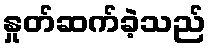
နှုတ်ဆက်ခဲ့သည်